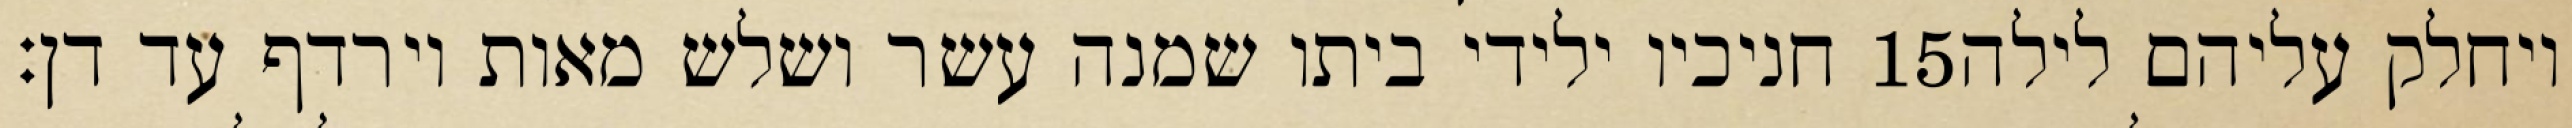
חניכיו ילידי ביתו שמנה עשר ושלש מאות וירדף עד דן׃ ‎15‏ ויחלק עליהם לילה